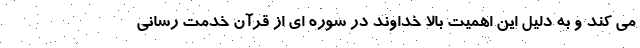
می کند و به دلیل این اهمیت بالا خداوند در سوره ای از قرآن خدمت رسانی